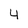
Character: 4